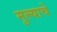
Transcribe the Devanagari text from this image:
मुल्याचे